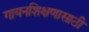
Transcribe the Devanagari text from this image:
गायनशिक्षणासाठी